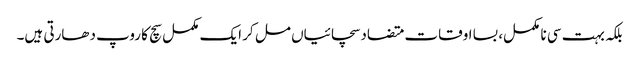
بلکہ بہت سی نا مکمل، بسا اوقات متضاد سچائیاں مل کر ایک مکمل سچ کا روپ دھارتی ہیں۔